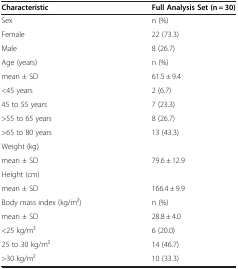
<table><thead><tr><td><b>Characteristic</b></td><td><b>Full Analysis Set (n = 30)</b></td></tr></thead><tbody><tr><td>Sex</td><td>n (%)</td></tr><tr><td>Female</td><td>22 (73.3)</td></tr><tr><td>Male</td><td>8 (26.7)</td></tr><tr><td>Age (years)</td><td>n (%)</td></tr><tr><td>mean ± SD</td><td>61.5 ± 9.4</td></tr><tr><td>&lt;45 years</td><td>2 (6.7)</td></tr><tr><td>45 to 55 years</td><td>7 (23.3)</td></tr><tr><td>&gt;55 to 65 years</td><td>8 (26.7)</td></tr><tr><td>&gt;65 to 80 years</td><td>13 (43.3)</td></tr><tr><td>Weight (kg)</td><td> </td></tr><tr><td>mean ± SD</td><td>79.6 ± 12.9</td></tr><tr><td>Height (cm)</td><td> </td></tr><tr><td>mean ± SD</td><td>166.4 ± 9.9</td></tr><tr><td>Body mass index (kg/m2)</td><td>n (%)</td></tr><tr><td>mean ± SD</td><td>28.8 ± 4.0</td></tr><tr><td>&lt;25 kg/m2</td><td>6 (20.0)</td></tr><tr><td>25 to 30 kg/m2</td><td>14 (46.7)</td></tr><tr><td>&gt;30 kg/m2</td><td>10 (33.3)</td></tr></tbody></table>